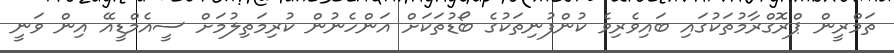
ތަމްރީން ޕްރޮގްރާމުތަކުގައި ބައިވެރިވެ ކުންފުނިތަކުގެ ބޯޑުތަކަށް އަންހެނުން ކުރިމަތިލުމަށް ސީއެމްޑީއޭ އިން ވަނީ